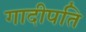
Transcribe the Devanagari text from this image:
गादीपति